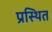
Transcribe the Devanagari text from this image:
प्रस्थित